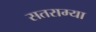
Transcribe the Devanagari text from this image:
सतराम्या